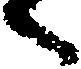
へ